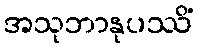
အသုဘာနုပဿိံ